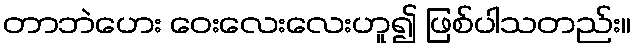
တာဘဲဟေး ဝေးလေးလေးဟူ၍ ဖြစ်ပါသတည်း။